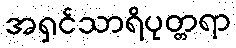
အရှင်သာရိပုတ္တရာ